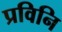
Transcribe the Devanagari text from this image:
प्रविनि